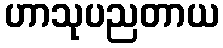
ဟာသုပညတာယ